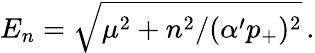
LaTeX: E_{n}=\sqrt{\mu^{2}+n^{2}/(\alpha^{\prime}p_{+})^{2}}\, .